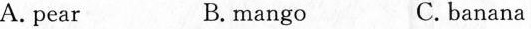
A. pear B. mango C. banana